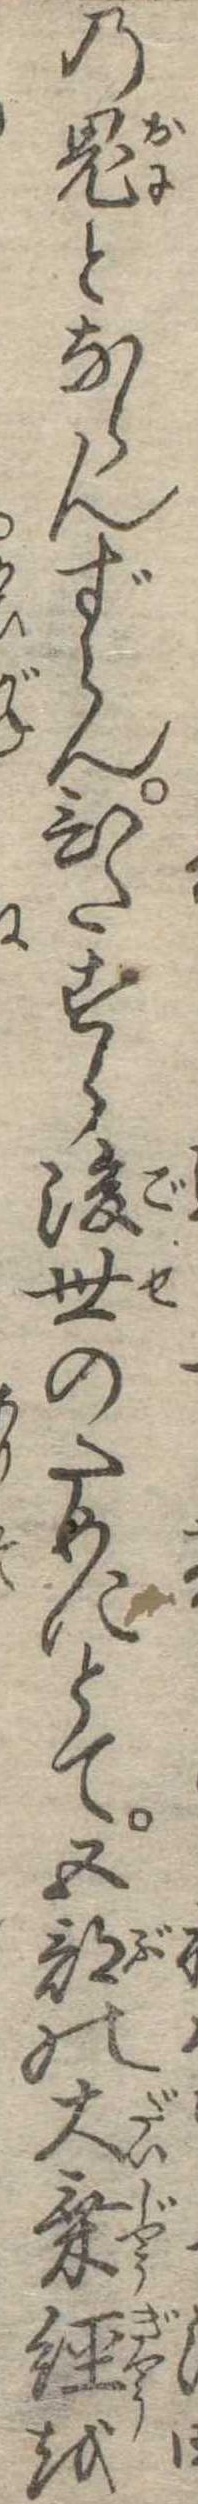
の鬼とならんずらんひたすら後世のためにとて五部の大乗経を